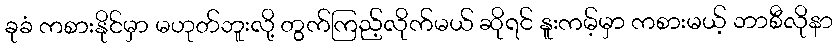
ခုခံ ကစားနိုင်မှာ မဟုတ်ဘူးလို့ တွက်ကြည့်လိုက်မယ် ဆိုရင် နူးကမ့်မှာ ကစားမယ့် ဘာစီလိုနာ